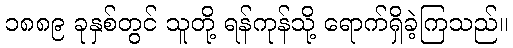
၁၈၈၉ ခုနှစ်တွင် သူတို့ ရန်ကုန်သို့ ရောက်ရှိခဲ့ကြသည်။